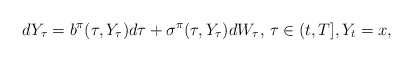
\begin{align*}dY_\tau = b^{\pi}(\tau, Y_\tau) d\tau + \sigma^{\pi}(\tau, Y_\tau) dW_\tau,\, \tau\in (t,T], Y_t = x, \end{align*}